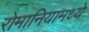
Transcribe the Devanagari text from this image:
रोमानियामध्ये